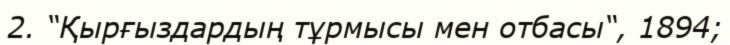
2. “Қырғыздардың тұрмысы мен отбасы“, 1894;